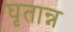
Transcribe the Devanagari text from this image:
घृतान्न